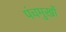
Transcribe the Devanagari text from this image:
पंचमुखों